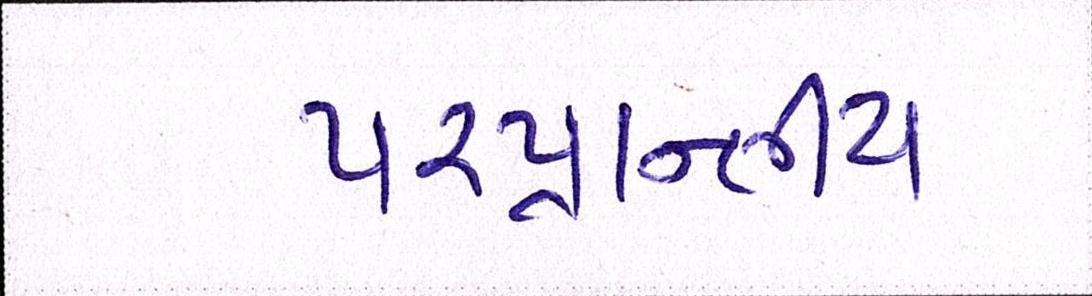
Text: પ૨પ્રાન્તીય